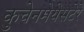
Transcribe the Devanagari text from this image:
कुचेनमेयेसटेरे